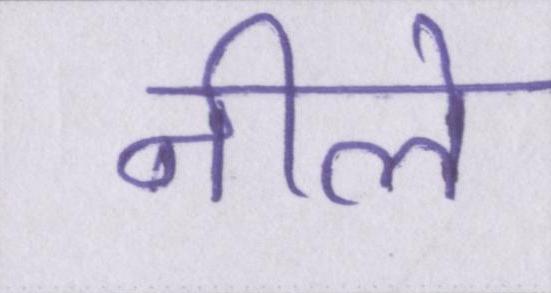
नीले